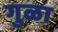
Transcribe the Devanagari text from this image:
गुळा